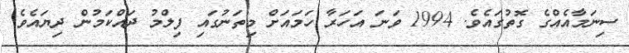
ސިނަމާއެއްގެ ގޮތުގައެވެ. 1994 ވަނަ އަހަރާ ހަމައަށް މިތަނުގައި ފިލްމު ދައްކަމުން ދިޔައެވެ.